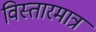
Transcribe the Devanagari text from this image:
विस्तारमात्र